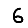
Digit: 6